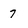
Character: 7